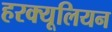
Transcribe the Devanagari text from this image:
हरक्यूलियन